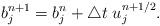
LaTeX: \begin{align*}b^{n+1}_j=b^{n}_j+\triangle t\; u^{n+1/2}_j.\end{align*}